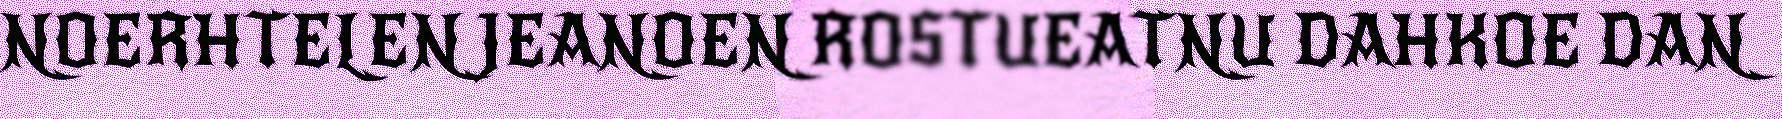
NOERHTELEN JEANOEN ROSTUEATNU DAHKOE DAN